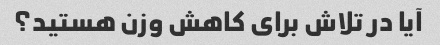
آیا در تلاش برای کاهش وزن هستید؟